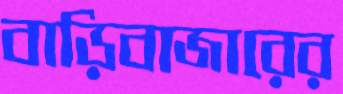
বাড়িবাজারের